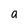
Character: a